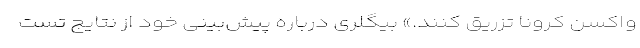
واکسن کرونا تزریق کنند.» بیگلری درباره پیش‌بینی خود از نتایج تست